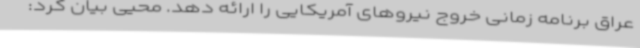
عراق برنامه زمانی خروج نیروهای آمریکایی را ارائه دهد. محیی بیان کرد: